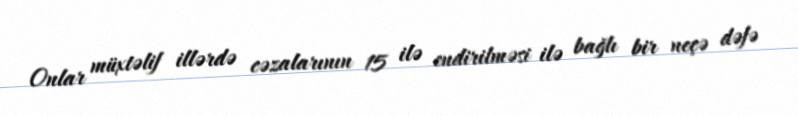
Onlar müxtəlif illərdə cəzalarının 15 ilə endirilməsi ilə bağlı bir neçə dəfə